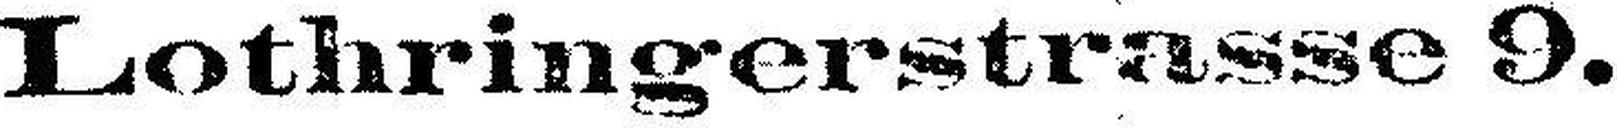
Lothringerstrasse 9.